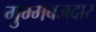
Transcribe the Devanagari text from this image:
गुम्मबजदार